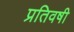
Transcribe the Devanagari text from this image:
प्रतिवषी